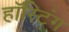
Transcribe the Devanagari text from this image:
हॉस्टिंग